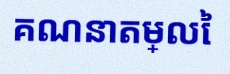
គណនាតម្លៃ